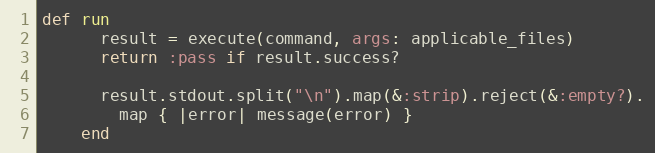
Language: Ruby
def run
      result = execute(command, args: applicable_files)
      return :pass if result.success?

      result.stdout.split("\n").map(&:strip).reject(&:empty?).
        map { |error| message(error) }
    end